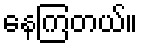
နေကြတယ်။